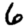
Digit: 6